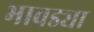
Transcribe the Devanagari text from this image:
भावड्या